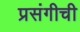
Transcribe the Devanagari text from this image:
प्रसंगीची